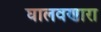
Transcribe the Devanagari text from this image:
घालवणारा